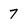
Character: 7